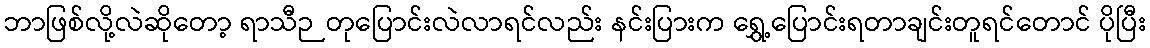
ဘာဖြစ်လို့လဲဆိုတော့ ရာသီဉတုပြောင်းလဲလာရင်လည်း နင်းပြားက ရွှေ့ပြောင်းရတာချင်းတူရင်တောင် ပိုပြီး